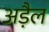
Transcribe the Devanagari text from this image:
अड़ैल